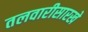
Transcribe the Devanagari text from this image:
तलवारीसारखे